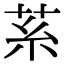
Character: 䒺